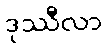
ဒုဿီလာ